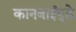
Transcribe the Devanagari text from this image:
कानबाईपुढे